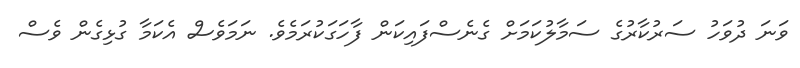
ވަނަ ދުވަހު ސަރުކާރުގެ ސަމާލުކަމަށް ގެނެސްފައިކަން ފާހަގަކުރަމެވެ. ނަމަވެސް އެކަމާ ގުޅިގެން ވެސް